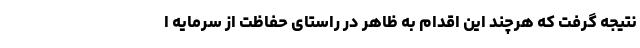
نتیجه گرفت که هرچند این اقدام به ظاهر در راستای حفاظت از سرمایه ا